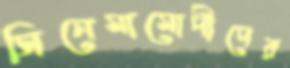
সিনেমামোদীদের